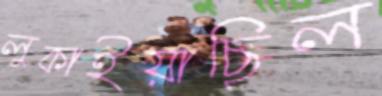
লুকাইয়াছিল